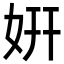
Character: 姸